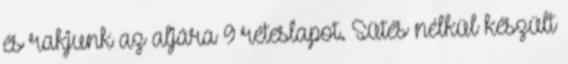
és rakjunk az aljára 9 réteslapot. Sütés nélkül készült